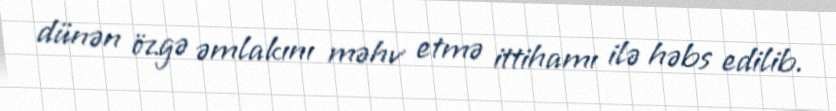
dünən özgə əmlakını məhv etmə ittihamı ilə həbs edilib.